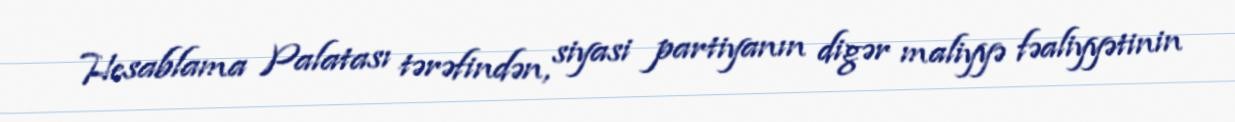
Hesablama Palatası tərəfindən, siyasi partiyanın digər maliyyə fəaliyyətinin